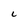
Character: C